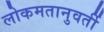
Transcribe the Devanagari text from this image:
लोकमतानुवर्ती